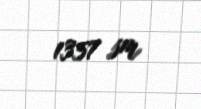
1357 sm